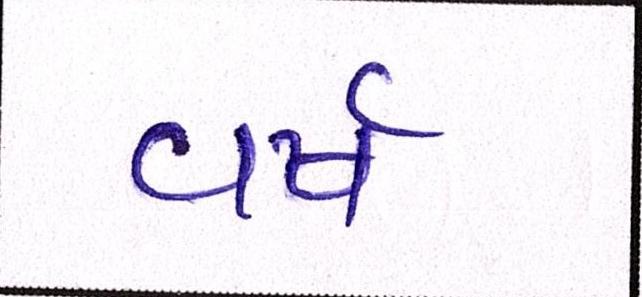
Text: વર્ષ